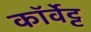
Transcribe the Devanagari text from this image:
कॉर्वेट्ट